65_HS1-834228961_62-HQ-83894_Section_3
Agency: FBI
Page 152
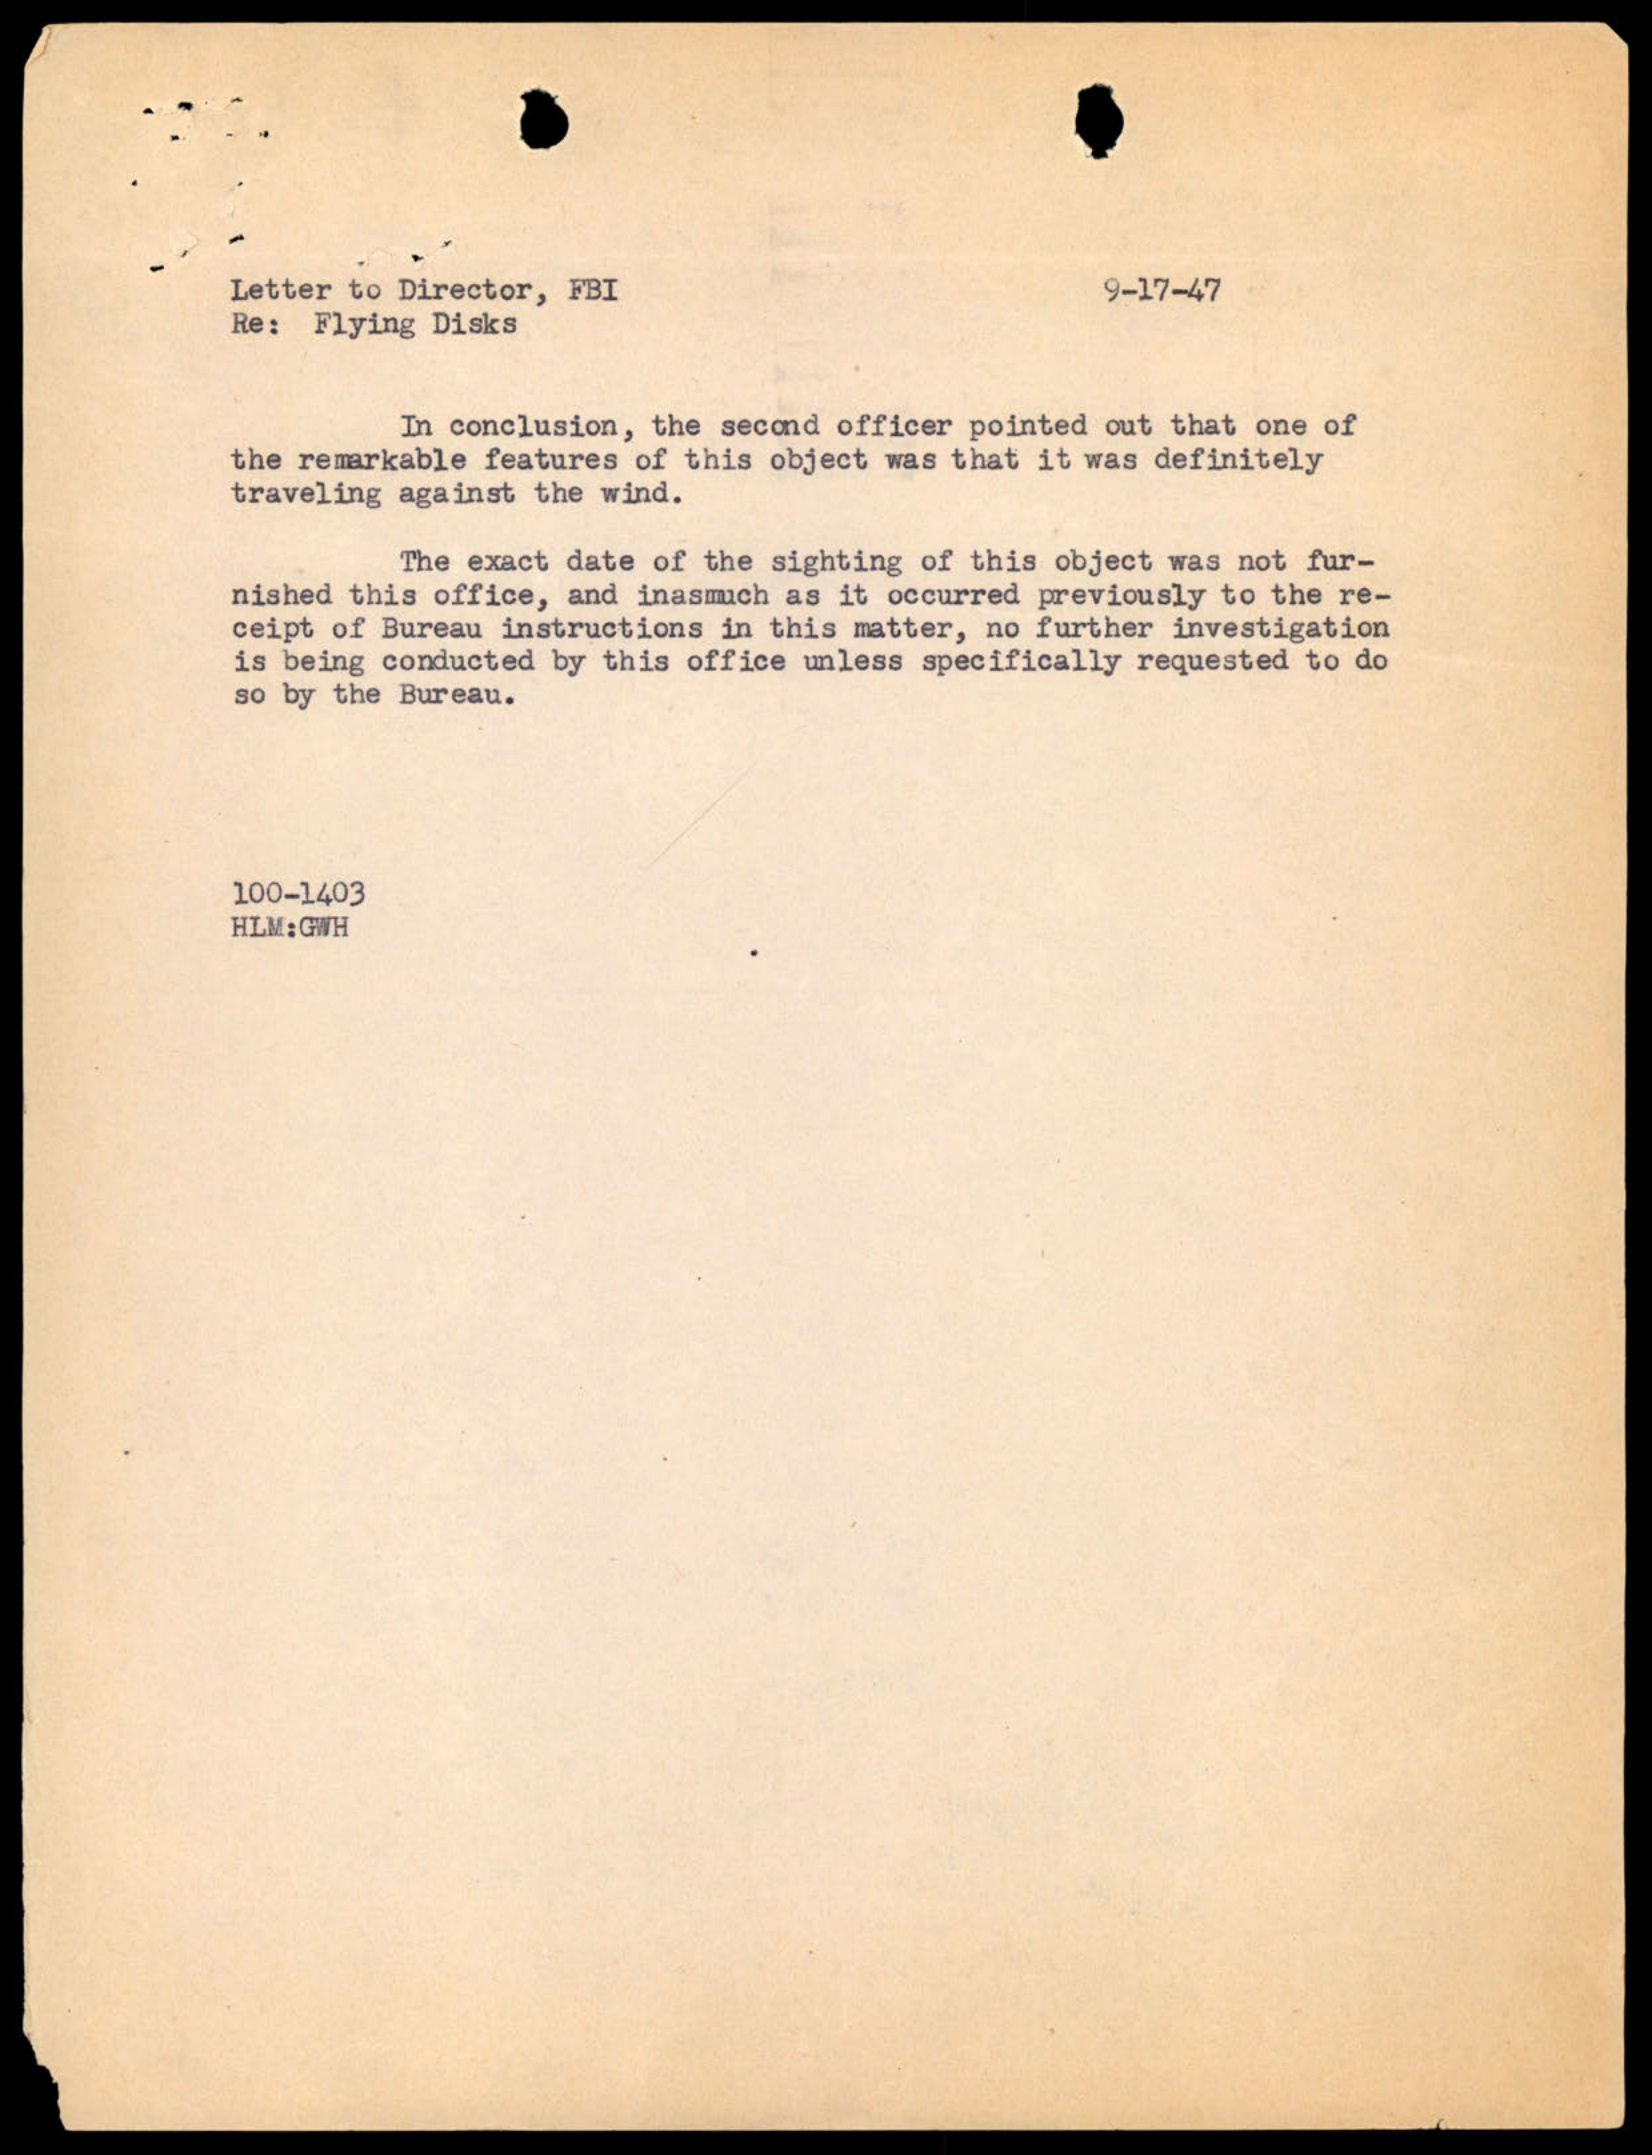